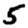
Digit: 5